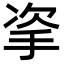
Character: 𢫴